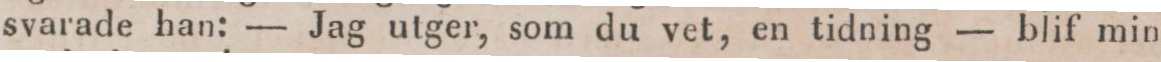
svarade han: — Jag utger, som du vet, en tidning — blif min